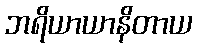
ဘရိယာယာနိတာယ